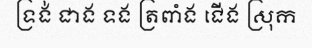
ទ្រង់ ជាង ទង ត្រពាំង ជើង ស្រុក